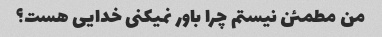
من مطمئن نیستم چرا باور نمیکنی خدایی هست؟